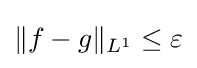
\|f-g\|_{L^{1}}\leq \varepsilon